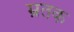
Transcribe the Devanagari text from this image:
म्रतक